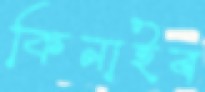
কিনাইব